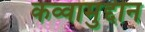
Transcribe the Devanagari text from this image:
कव्वामुद्दीन